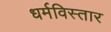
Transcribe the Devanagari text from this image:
धर्मविस्तार